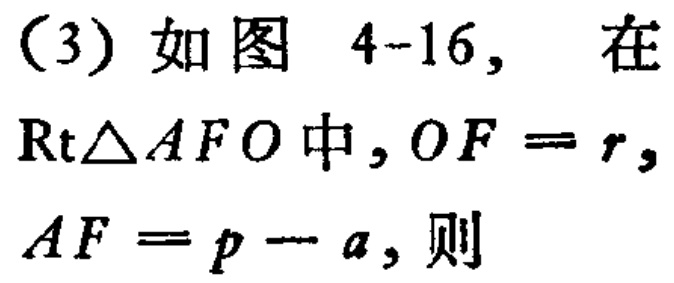
（3）如图 4-16，在$\text{Rt}\triangle AFO$中，$OF = r$，$AF = p - a$，则